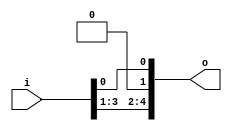
module bsg_unconcentrate_static_1d
(
  i,
  o
);

  input [3:0] i;
  output [4:0] o;
  wire [4:0] o;
  wire o_4_,o_3_,o_2_,o_0_;
  assign o[1] = 1'b0;
  assign o_4_ = i[3];
  assign o[4] = o_4_;
  assign o_3_ = i[2];
  assign o[3] = o_3_;
  assign o_2_ = i[1];
  assign o[2] = o_2_;
  assign o_0_ = i[0];
  assign o[0] = o_0_;

endmodule